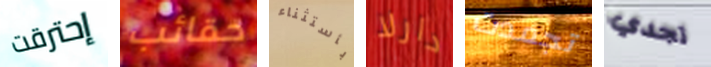
إحترقت حقائب بأستثناء دارلا تجمدت تجدي